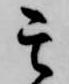
其